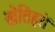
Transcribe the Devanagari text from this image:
खेतिहरों